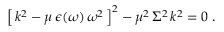
\begin{array} { r } { \left[ \, k ^ { 2 } - \mu \, \epsilon ( \omega ) \, \omega ^ { 2 } \, \right] ^ { 2 } - \mu ^ { 2 } \, \Sigma ^ { 2 } \, k ^ { 2 } = 0 \; . } \end{array}